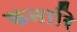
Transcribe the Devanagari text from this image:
कनारि